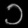
Digit: ၁